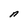
Character: n